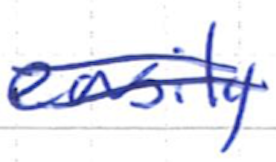
Text: easily
Cross-out: mix
Writing tool: ballpoint